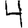
Digit: 4